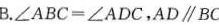
B.$$∠ A B C = ∠ A D C$$，AD\parallelBC